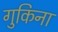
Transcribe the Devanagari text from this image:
गुकिना